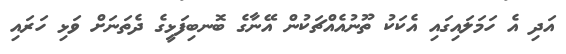
އަދި އެ ހަމަލައިގައި އެކަކު ތޫނުއެއްޗަކުން އޭނާގެ ބޮނބިފަޅީގެ ދެތަނަށް ވަޅި ހަރައި